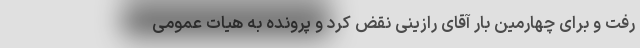
رفت و برای چهارمین بار آقای رازینی نقض کرد و پرونده به هیات عمومی